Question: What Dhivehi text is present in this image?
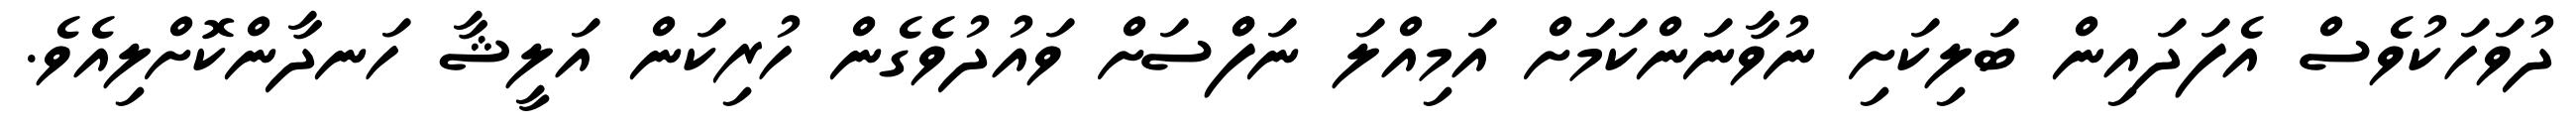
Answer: ދުވަހަކުވެސް އެފަދައިން ބަލިކަށި ނުވާނަންކަމަށް އަމިއްލަ ނަފްްސަށް ވައުދުވެގެން ހުރިކަން އަލީޝާ ހަނދާންކޮށްލިއެވެ.